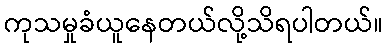
ကုသမှုခံယူနေတယ်လို့သိရပါတယ်။